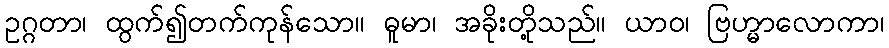
ဥဂ္ဂတာ၊ ထွက်၍တက်ကုန်သော။ ဓူမာ၊ အခိုးတို့သည်။ ယာဝ၊ ဗြဟ္မာလောကာ၊